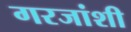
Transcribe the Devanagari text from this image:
गरजांशी